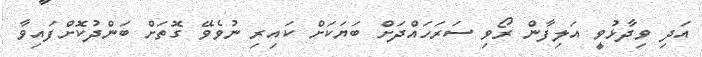
އަދި ވިދާޅުވީ އަލިފާން ރޯވި ސަރަހައްދަށް ބަޔަކަށް ކައިރި ނުވެވޭ ގޮތަށް ބަންދުކޮށްފައިވާ